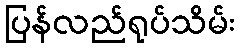
ပြန်လည်ရုပ်သိမ်း